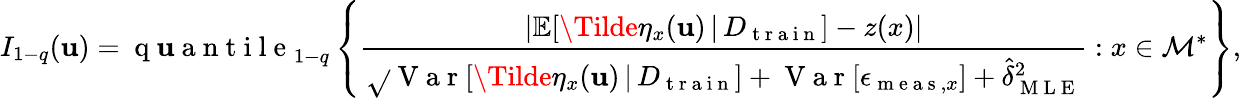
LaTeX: I_{1-q}(\mathbf{u})=\mathrm{{~q~\mathbf{u}~a~n~t~i~l~e~}}_{1-q}\left\{ \frac{{\lvert\mathbb{{E}}[\Tilde{\eta}_{x}(\mathbf{u})\, \vert\, D_{\mathrm{{~t~r~a~i~n~}}}]-z(x)\rvert}}{{\sqrt{}{{\mathrm{{~V~a~r~}}[\Tilde{\eta}_{x}(\mathbf{u})\, \vert\, D_{\mathrm{{~t~r~a~i~n~}}}]+\mathrm{{~V~a~r~}}[\epsilon_{\mathrm{{~m~e~a~s~}},x}]+\hat{{\delta}}_{\mathrm{{~M~L~E~}}}^{2}}}}}:x\in\mathcal{{M}}^{*}\right\} ,